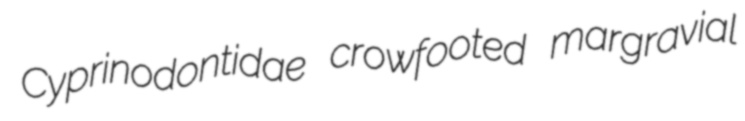
Cyprinodontidae crowfooted margravial